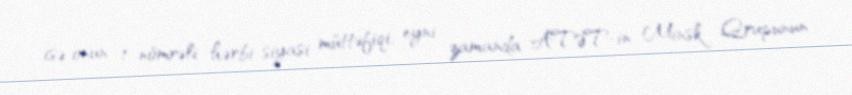
isə onun 1 nömrəli hərbi-siyasi müttəfiqi, eyni zamanda ATƏT-in Minsk Qrupunun